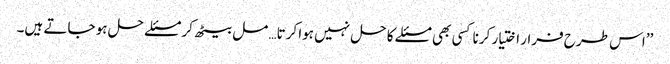
’’اس طرح فرار اختیار کرنا کسی بھی مسئلے کا حل نہیں ہوا کرتا… مل بیٹھ کر مسئلے حل ہو جاتے ہیں۔